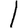
Digit: 1